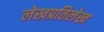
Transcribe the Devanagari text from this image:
लेखप्रतिलेख